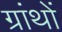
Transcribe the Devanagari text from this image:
ग्रांथों